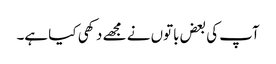
آپ کی بعض باتوں نے مجھے دکھی کیا ہے۔